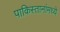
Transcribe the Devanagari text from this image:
पाकिस्तानांमध्ये